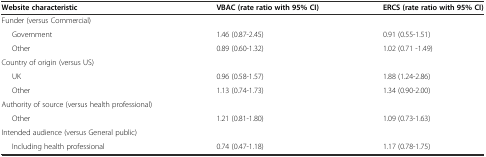
| Website characteristic | VBAC (rate ratio with 95% CI) | ERCS (rate ratio with 95% CI) |
 | --- | --- | --- |
 | Funder (versus Commercial) |  |  |
 | Government | 1.46 (0.87-2.45) | 0.91 (0.55-1.51) |
 | Other | 0.89 (0.60-1.32) | 1.02 (0.71 -1.49) |
 | Country of origin (versus US) |  |  |
 | UK | 0.96 (0.58-1.57) | 1.88 (1.24-2.86) |
 | Other | 1.13 (0.74-1.73) | 1.34 (0.90-2.00) |
 | Authority of source (versus health professional) |  |  |
 | Other | 1.21 (0.81-1.80) | 1.09 (0.73-1.63) |
 | Intended audience (versus General public) |  |  |
 | Including health professional | 0.74 (0.47-1.18) | 1.17 (0.78-1.75) |